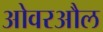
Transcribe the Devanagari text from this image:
ओवरऔल